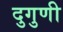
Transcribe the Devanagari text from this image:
दुगुणी